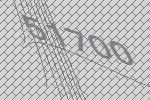
51700